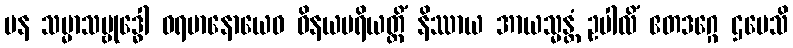
ပန သမ္မာသမ္ဗုဒ္ဓေါ ဓရမာနောယေဝ ဝိနယပရိယတ္တိံ နိဿာယ အာယသ္မန္တံ ဥပါလိံ ဧတဒဂ္ဂေ ဌပေသိ